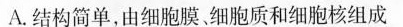
A.结构简单，由细胞膜细胞质和细胞核组成